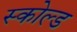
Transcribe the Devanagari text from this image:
स्कोल्ड